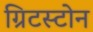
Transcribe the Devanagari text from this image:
ग्रिटस्टोन